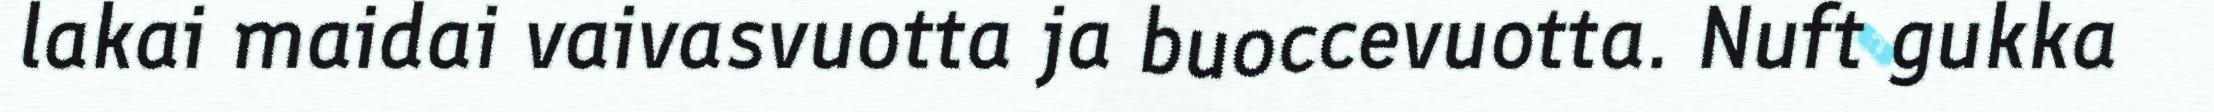
lakai maidai vaivasvuotta ja buoccevuotta. Nuft gukka